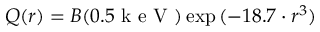
Q ( r ) = B ( 0 . 5 \mathrm { ~ k ~ e ~ V ~ } ) \exp { ( - 1 8 . 7 \cdot r ^ { 3 } ) }